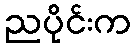
ညပိုင်းက